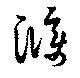
濮